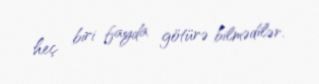
heç biri fayda götürə bilmədilər.